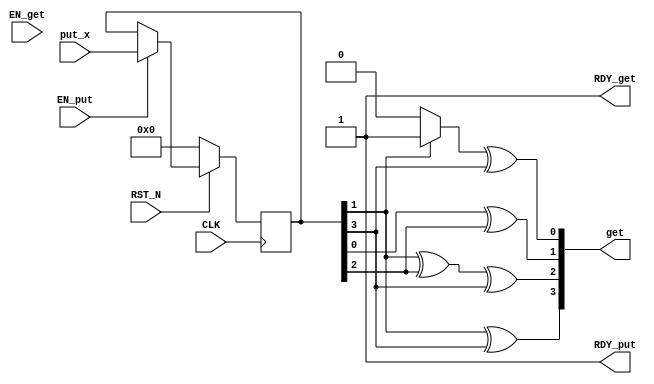
//
// Generated by Bluespec Compiler, version 2014.05.C (build 33930, 2014-05-28)
//
// On Tue May  8 03:45:40 IST 2018
//
//
// Ports:
// Name                         I/O  size props
// get                            O     4
// RDY_get                        O     1 const
// RDY_put                        O     1 const
// CLK                            I     1 clock
// RST_N                          I     1 reset
// put_x                          I     4 reg
// EN_put                         I     1
// EN_get                         I     1 unused
//
// No combinational paths from inputs to outputs
//
//

`ifdef BSV_ASSIGNMENT_DELAY
`else
  `define BSV_ASSIGNMENT_DELAY
`endif

`ifdef BSV_POSITIVE_RESET
  `define BSV_RESET_VALUE 1'b1
  `define BSV_RESET_EDGE posedge
`else
  `define BSV_RESET_VALUE 1'b0
  `define BSV_RESET_EDGE negedge
`endif

module mkBMVM(CLK,
	      RST_N,

	      EN_get,
	      get,
	      RDY_get,

	      put_x,
	      EN_put,
	      RDY_put);
  input  CLK;
  input  RST_N;

  // actionvalue method get
  input  EN_get;
  output [3 : 0] get;
  output RDY_get;

  // action method put
  input  [3 : 0] put_x;
  input  EN_put;
  output RDY_put;

  // signals for module outputs
  wire [3 : 0] get;
  wire RDY_get, RDY_put;

  // register start_bit
  reg start_bit;
  wire start_bit$D_IN, start_bit$EN;

  // register x_in
  reg [3 : 0] x_in;
  wire [3 : 0] x_in$D_IN;
  wire x_in$EN;

  // remaining internal signals
  wire [3 : 0] IF_x_in_BIT_1_THEN_1_ELSE_0___d3;
  wire x__h1928, x__h2784, x__h2998, x__h3853;

  // actionvalue method get
  assign get =
	     { x__h3853 ^ x_in[3],
	       x__h2998 ^ x_in[3],
	       x__h1928 ^ x_in[2],
	       IF_x_in_BIT_1_THEN_1_ELSE_0___d3[0] ^ x_in[3] } ;
  assign RDY_get = 1'd1 ;

  // action method put
  assign RDY_put = 1'd1 ;

  // register start_bit
  assign start_bit$D_IN = 1'b0 ;
  assign start_bit$EN = 1'b0 ;

  // register x_in
  assign x_in$D_IN = put_x ;
  assign x_in$EN = EN_put ;

  // remaining internal signals
  assign IF_x_in_BIT_1_THEN_1_ELSE_0___d3 = x_in[1] ? 4'd1 : 4'd0 ;
  assign x__h1928 = IF_x_in_BIT_1_THEN_1_ELSE_0___d3[1] ^ x_in[0] ;
  assign x__h2784 = IF_x_in_BIT_1_THEN_1_ELSE_0___d3[2] ^ x_in[1] ;
  assign x__h2998 = x__h2784 ^ x_in[2] ;
  assign x__h3853 = IF_x_in_BIT_1_THEN_1_ELSE_0___d3[3] ^ x_in[1] ;

  // handling of inlined registers

  always@(posedge CLK)
  begin
    if (RST_N == `BSV_RESET_VALUE)
      begin
        start_bit <= `BSV_ASSIGNMENT_DELAY 1'd0;
	x_in <= `BSV_ASSIGNMENT_DELAY 4'd0;
      end
    else
      begin
        if (start_bit$EN) start_bit <= `BSV_ASSIGNMENT_DELAY start_bit$D_IN;
	if (x_in$EN) x_in <= `BSV_ASSIGNMENT_DELAY x_in$D_IN;
      end
  end

  // synopsys translate_off
  `ifdef BSV_NO_INITIAL_BLOCKS
  `else // not BSV_NO_INITIAL_BLOCKS
  initial
  begin
    start_bit = 1'h0;
    x_in = 4'hA;
  end
  `endif // BSV_NO_INITIAL_BLOCKS
  // synopsys translate_on
endmodule  // mkBMVM